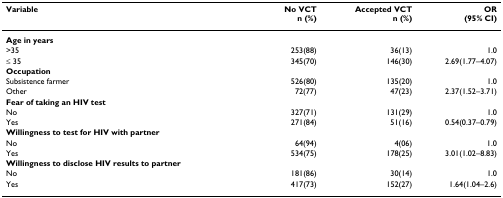
| Variable | No VCT n (%) | Accepted VCT n (%) | OR (95% CI) |
 | --- | --- | --- | --- |
 | Age in years |  |  |  |
 | >35 | 253(88) | 36(13) | 1.0 |
 | ≤ 35 | 345(70) | 146(30) | 2.69(1.77–4.07) |
 | Occupation |  |  |  |
 | Subsistence farmer | 526(80) | 135(20) | 1.0 |
 | Other | 72(77) | 47(23) | 2.37(1.52–3.71) |
 | Fear of taking an HIV test |  |  |  |
 | No | 327(71) | 131(29) | 1.0 |
 | Yes | 271(84) | 51(16) | 0.54(0.37–0.79) |
 | Willingness to test for HIV with partner |  |  |  |
 | No | 64(94) | 4(06) | 1.0 |
 | Yes | 534(75) | 178(25) | 3.01(1.02–8.83) |
 | Willingness to disclose HIV results to partner |  |  |  |
 | No | 181(86) | 30(14) | 1.0 |
 | Yes | 417(73) | 152(27) | 1.64(1.04–2.6) |